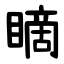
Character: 䁤